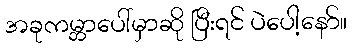
အခုကမ္ဘာပေါ်မှာဆို ပြီးရင် ပဲပေါ့နော်။